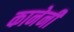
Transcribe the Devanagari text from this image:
कानेनी